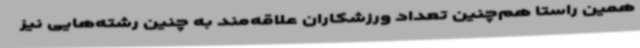
همین راستا هم‌چنین تعداد ورزشکاران علاقه‌مند به چنین رشته‌هایی نیز